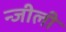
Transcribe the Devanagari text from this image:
न्जीली